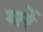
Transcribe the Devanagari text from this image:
मरें